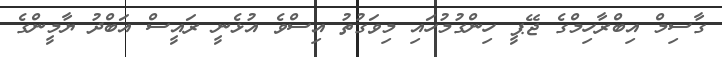
ގާސިމް އިބްރާހިމްގެ ޖޭޕީ ހިންގުމުހައި މިވަގުތު އިސްވެ އުޅެނީ ރައީސް އަބްދު ޔާމީންގެ